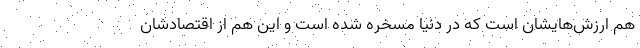
هم ارزش‌هایشان است که در دنیا مسخره شده است و این هم از اقتصادشان